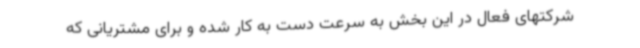
شرکتهای فعال در این بخش به سرعت دست به کار شده و برای مشتریانی که